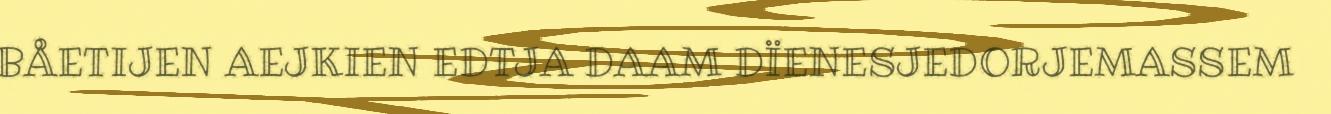
BÅETIJEN AEJKIEN EDTJA DAAM DÏENESJEDORJEMASSEM